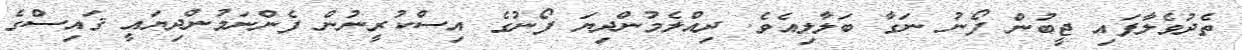
ތެދުވެލާފައި ޖީބުން ފޯނު ނަގާ ބަލާލިއެވެ. ދިއްލެމުންދިޔަ ފޯނުގެ އިސްކުރީނުން ފެންނަމުންދިޔައީ ޤައިސްގެ